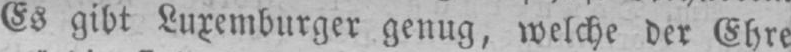
Es gibt Luxemburger genug, welche der Ehre